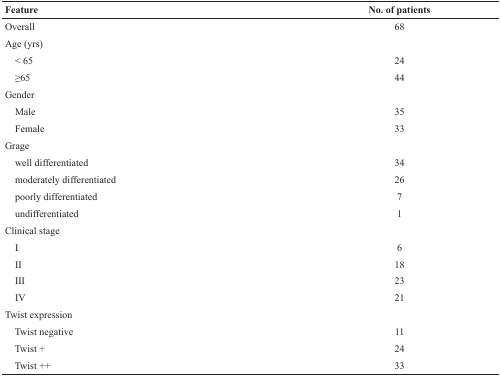
| Feature | No. of patients |
 | --- | --- |
 | Overall | 68 |
 | Age (yrs) |  |
 | < 65 | 24 |
 | ≥65 | 44 |
 | Gender |  |
 | Male | 35 |
 | Female | 33 |
 | Grage |  |
 | well differentiated | 34 |
 | moderately differentiated | 26 |
 | poorly differentiated | 7 |
 | undifferentiated | 1 |
 | Clinical stage |  |
 | I | 6 |
 | II | 18 |
 | III | 23 |
 | IV | 21 |
 | Twist expression |  |
 | Twist negative | 11 |
 | Twist + | 24 |
 | Twist ++ | 33 |